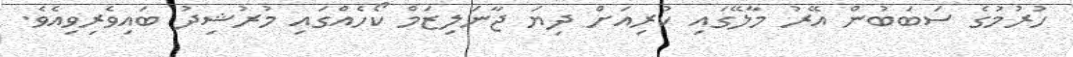
ހުރުމުގެ ސަބަބުން އޭރު މާލޭގައި ކުރިއަށް ދިޔަ ޖާނަލިޒަމް ކޯހެއްގައި މުރުޝިދު ބައިވެރިވިއެވެ.